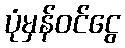
ပုံမှန်ဝင်ငွေ